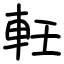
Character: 軠